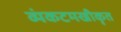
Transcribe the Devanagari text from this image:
व्यंकटमखीकृत